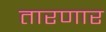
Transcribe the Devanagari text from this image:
तारणार